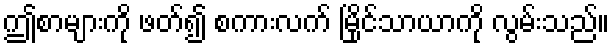
ဤစာများကို ဖတ်၍ စကားလက် မြိုင်သာယာကို လွမ်းသည်။